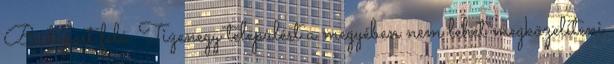
Budapest felé. Tizenegy települést a megyében nem lehet megközelíteni